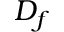
D _ { f }